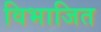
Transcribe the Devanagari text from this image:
विभाजित